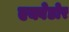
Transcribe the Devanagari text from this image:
एक्वेडोर